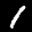
Label: 1